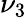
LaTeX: \nu_{3}